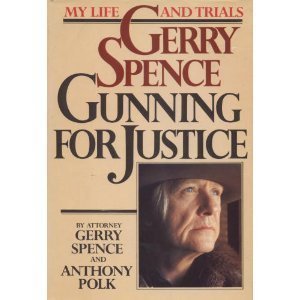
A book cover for Gerry Spence: Gunning for Justice; Gerry Spence; Law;